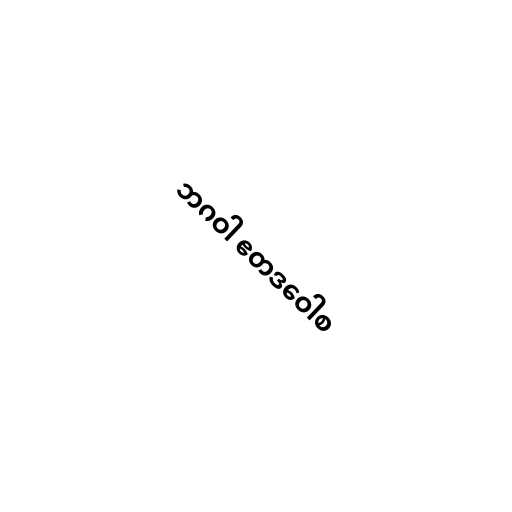
ဘဂဝါ ဧတဒဝေါစ